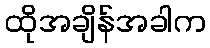
ထိုအချိန်အခါက